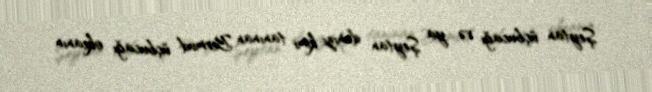
Şeytan üçbucağı və ya Şeytan dənizi kimi tanınan Bermud üçbucağı okeanın